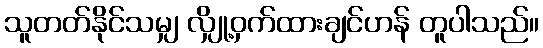
သူတတ်နိုင်သမျှ လျှို့ဝှက်ထားချင်ဟန် တူပါသည်။